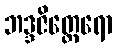
ဘဒ္ဒဇိတ္ထေရော